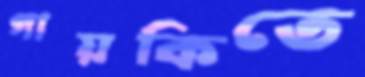
গায়কিতে